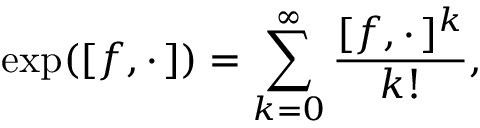
\exp ( [ f , \cdot \, ] ) = \sum _ { k = 0 } ^ { \infty } \frac { [ f , \cdot \, ] ^ { k } } { k ! } ,